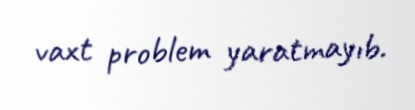
vaxt problem yaratmayıb.